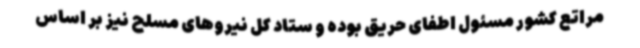
مراتع کشور مسئول اطفای حریق بوده و ستاد کل نیروهای مسلح نیز بر اساس